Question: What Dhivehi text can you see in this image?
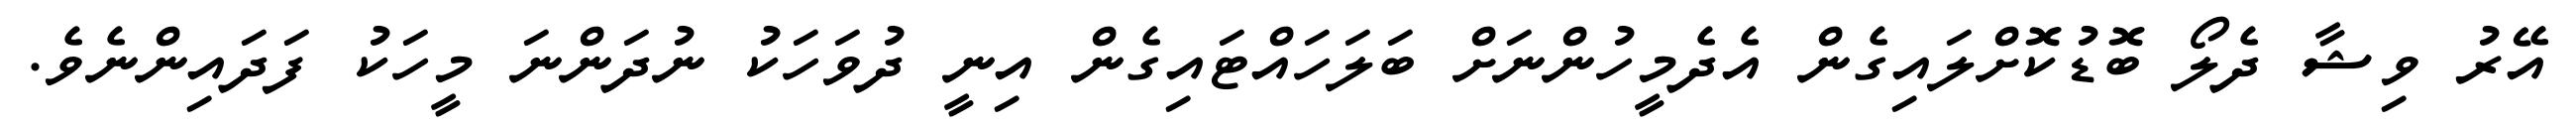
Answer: އޭރު ވިޝާ ދެލޯ ބޮޑުކޮށްލައިގެން އެދެމީހުންނަށް ބަލަހައްޓައިގެން އިނީ ދުވަހަކު ނުދަންނަ މީހަކު ފަދައިންނެވެ.